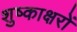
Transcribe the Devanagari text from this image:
शुष्काक्षरों